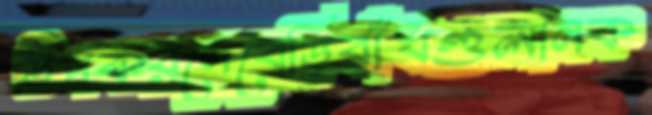
উপকরণেবেড়িবাঁধগুলানক